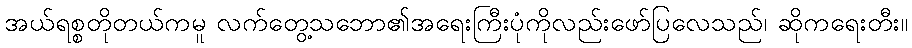
အယ်ရစ္စတိုတယ်ကမူ လက်တွေ့သဘော၏အရေးကြီးပုံကိုလည်းဖော်ပြလေသည်၊ ဆိုကရေးတီး။